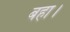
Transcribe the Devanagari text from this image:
बहा।